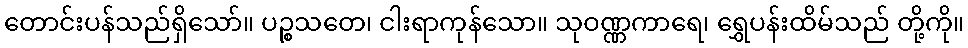
တောင်းပန်သည်ရှိသော်။ ပဉ္စသတေ၊ ငါးရာကုန်သော။ သုဝဏ္ဏကာရေ၊ ရွှေပန်းထိမ်သည် တို့ကို။